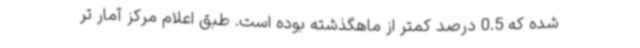
شده که 0.5 درصد کمتر از ماهگذشته بوده است. طبق اعلام مرکز آمار تر